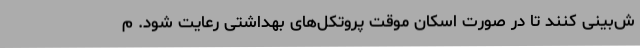
ش‌بینی کنند تا در صورت اسکان موقت پروتکل‌های بهداشتی رعایت شود. م